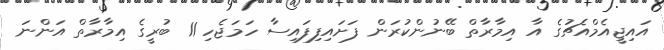
އައިޖީއެމްއެޗުގެ އާ އިމާރާތް ބޭނުންކުރަން ފަށައިފިފައިސާ ހަމަޖެހި 11 ބުރީގެ އިމާރާތް އަންނަ